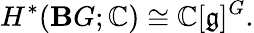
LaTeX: H^{*}(\mathbf{B}G;\mathbb{{C}})\cong\mathbb{{C}}[{\mathfrak{{g}}}]^{G}.